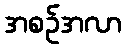
အစဉ်အလာ